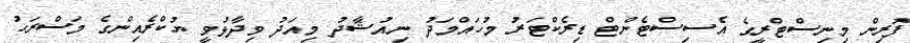
ފޮރިން މިނިސްޓްރީގެ އެސިސްޓެންޓް ޑިރެކްޓަރު މުހައްމަދު ނިއުޝާދު މިއަދު ވިދާޅުވީ ޔުކްރެއިންގެ މަސްރަހު